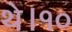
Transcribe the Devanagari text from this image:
थे।१०